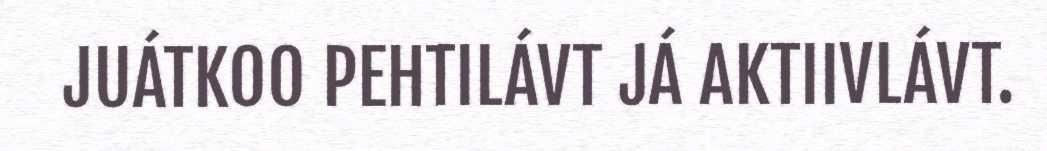
JUÁTKOO PEHTILÁVT JÁ AKTIIVLÁVT.